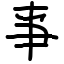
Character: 亊